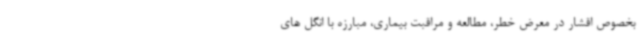
بخصوص اقشار در معرض خطر، مطالعه و مراقبت بیماری، مبارزه با انگل های